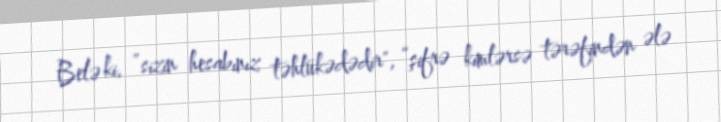
Belə ki, ”sizin hesabınız təhlükədədir", “şifrə kimlərsə tərəfindən ələ